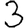
Digit: 3